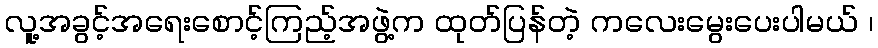
လူ့အခွင့်အရေးစောင့်ကြည့်အဖွဲ့က ထုတ်ပြန်တဲ့ ကလေးမွေးပေးပါမယ် ၊